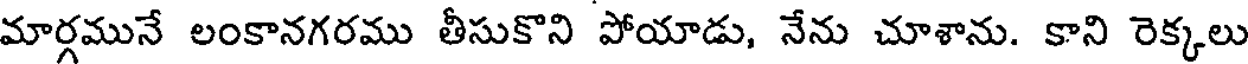
మార్గమునే లంకానగరము తీసుకొని పోయాడు, నేను చూశాను. కాని రెక్కలు